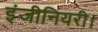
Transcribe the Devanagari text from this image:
इंजीनियरी।